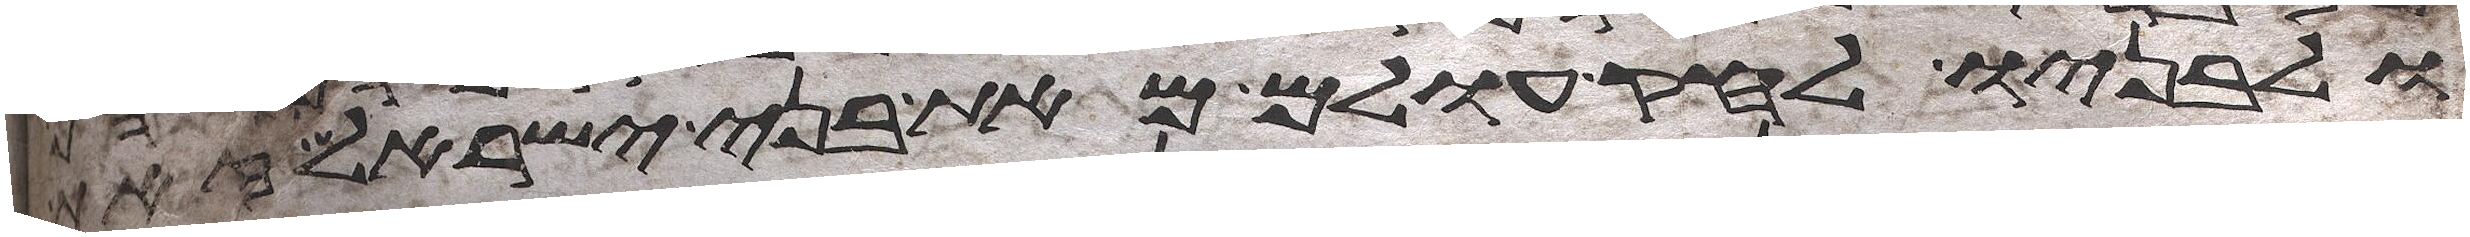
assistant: ולבניו לחק עולם מאת בני ישראל זאת